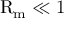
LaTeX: \mathrm { R } _ { \mathrm { m } } \ll 1